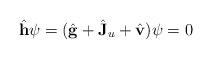
LaTeX: \begin{align*}\hat {\bf h} \psi = (\hat {\bf g} + \hat {\bf J}_u +\hat {\bf v})\psi = 0\end{align*}